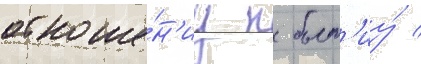
отноше́н'иу к быт'иу́ /